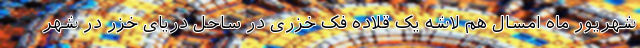
شهریور ماه امسال هم لاشه یک قلاده فک خزری در ساحل دریای خزر در شهر